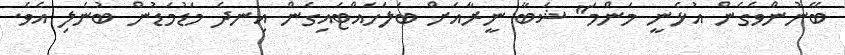
ބޭނުންވެގެން އުޅެނީ މަންމަ" ޝަބާ ނީރާއަށް ބަލަހައްޓައިގެން އިނދެ މަޑުމަޑުން ބުނެލި އެވެ.